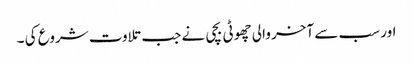
اور سب سے آخر والی چھوٹی بچی نے جب تلاوت شروع کی ۔